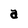
Character: a